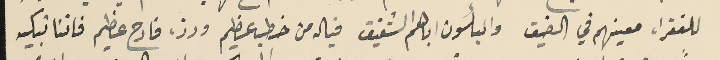
للفقراء معينهم في الضيق والبأسون اباهم الشقيق فيا له من خطب عظيم ورزء فادح عظيم فاننا نبكيه